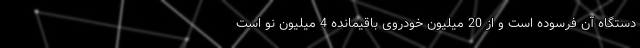
دستگاه آن فرسوده است و از 20 میلیون خودروی باقیمانده 4 میلیون نو است